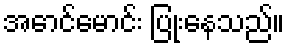
အောင်မောင်း ပြုံးနေသည်။